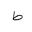
Letter: _da